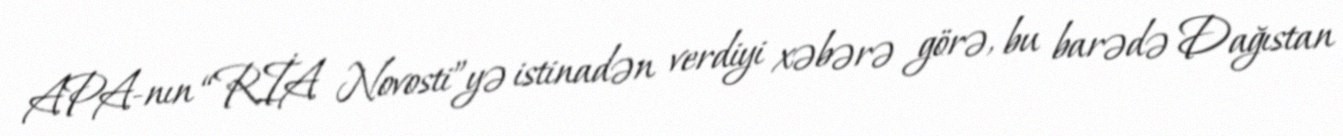
APA-nın “RİA Novosti”yə istinadən verdiyi xəbərə görə, bu barədə Dağıstan